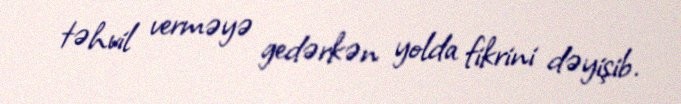
təhvil verməyə gedərkən yolda fikrini dəyişib.